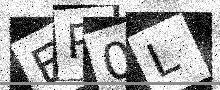
Text: EP0L